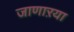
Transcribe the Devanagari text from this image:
जाणाऱया